Annual administration and progress report of the Indian Medical Department, Bombay
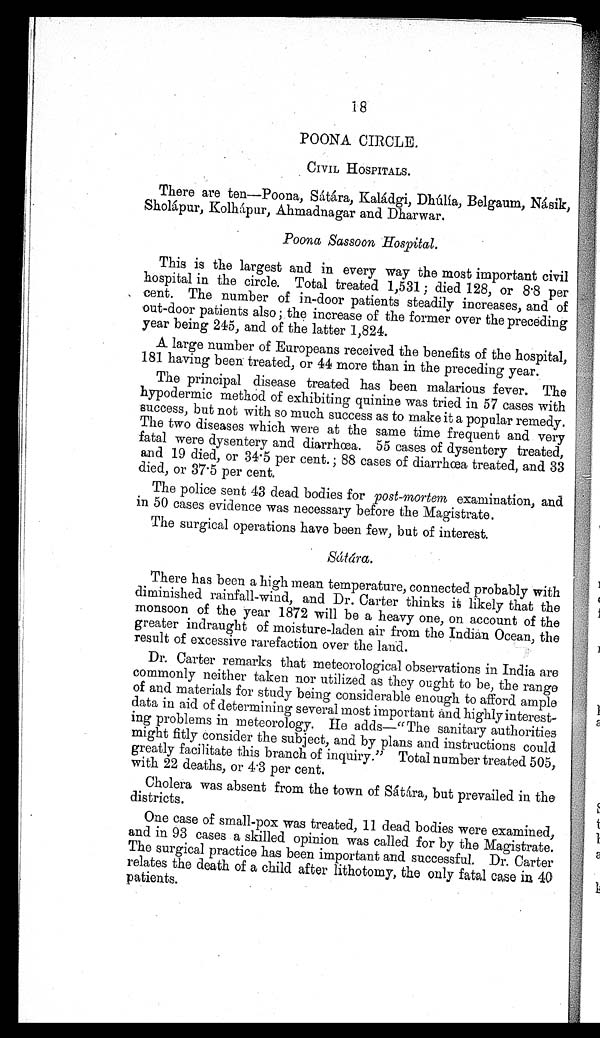
18
POONA CIRCLE.
CIVIL HOSPITALS.
There are ten—Poona, Sátára, Kaládgi, Dhúlía, Belgaum,
Násik, Sholápur, Kolhápur, Ahmadnagar and Dharwar.
Poona Sassoon Hospital.
This is the largest and in every way the most important civil
hospital in the circle. Total treated 1,531; died 128, or 8.8 per
cent. The number of in-door patients steadily increases, and of
out-door patients also ; the increase of the former over the preceding
year being 245, and of the latter 1,824.
A large number of Europeans received the benefits of the hospital,
181 having been treated, or 44 more than in the preceding year.
The principal disease treated has been malarious fever. The
hypodermic method of exhibiting quinine was tried in 57 cases with
success, but not with so much success as to make it a popular remedy.
The two diseases which were at the same time frequent and very
fatal were dysentery and diarrhœa. 55 cases of dysentery treated,
and 19 died, or 34.5 per cent. ; 88 cases of diarrhœa treated, and 33
died, or 37.5 per cent.
The police sent 43 dead bodies for post-mortem examination, and
in 50 cases evidence was necessary before the Magistrate.
The surgical operations have been few, but of interest.
Sátára.
There has been a high mean temperature, connected probably with
diminished rainfall-wind, and Dr. Carter thinks it likely that the
monsoon of the year 1872 will be a heavy one, on account of the
greater indraught of moisture-laden air from the Indian Ocean, the
result of excessive rarefaction over the land.
Dr. Carter remarks that meteorological observations in India are
commonly neither taken nor utilized as they ought to be, the range
of and materials for study being considerable enough to afford ample
data in aid of determining several most important and highly interest-
ing problems in meteorology. He adds—"The sanitary authorities
might fitly consider the subject, and by plans and instructions could
greatly facilitate this branch of inquiry." Total number treated 505,
with 22 deaths, or 4.3 per cent.
Cholera was absent from the town of Sátára, but prevailed in the
districts.
One case of small-pox was treated, 11 dead bodies were examined,
and in 93 cases a skilled opinion was called for by the Magistrate.
The surgical practice has been important and successful. Dr. Carter
relates the death of a child after lithotomy, the only fatal case in 40
patients.